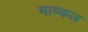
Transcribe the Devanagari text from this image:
माय्कल